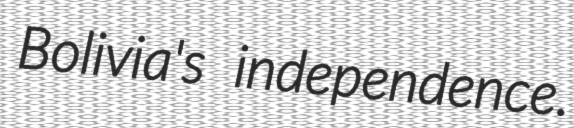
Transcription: Bolivia's independence.